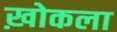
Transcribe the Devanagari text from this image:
ख़ोकला